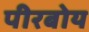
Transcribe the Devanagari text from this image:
पीरबोय